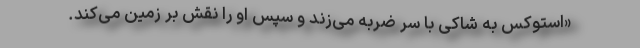
«استوکس به شاکی با سر ضربه می‌زند و سپس او را نقش بر زمین می‌کند.